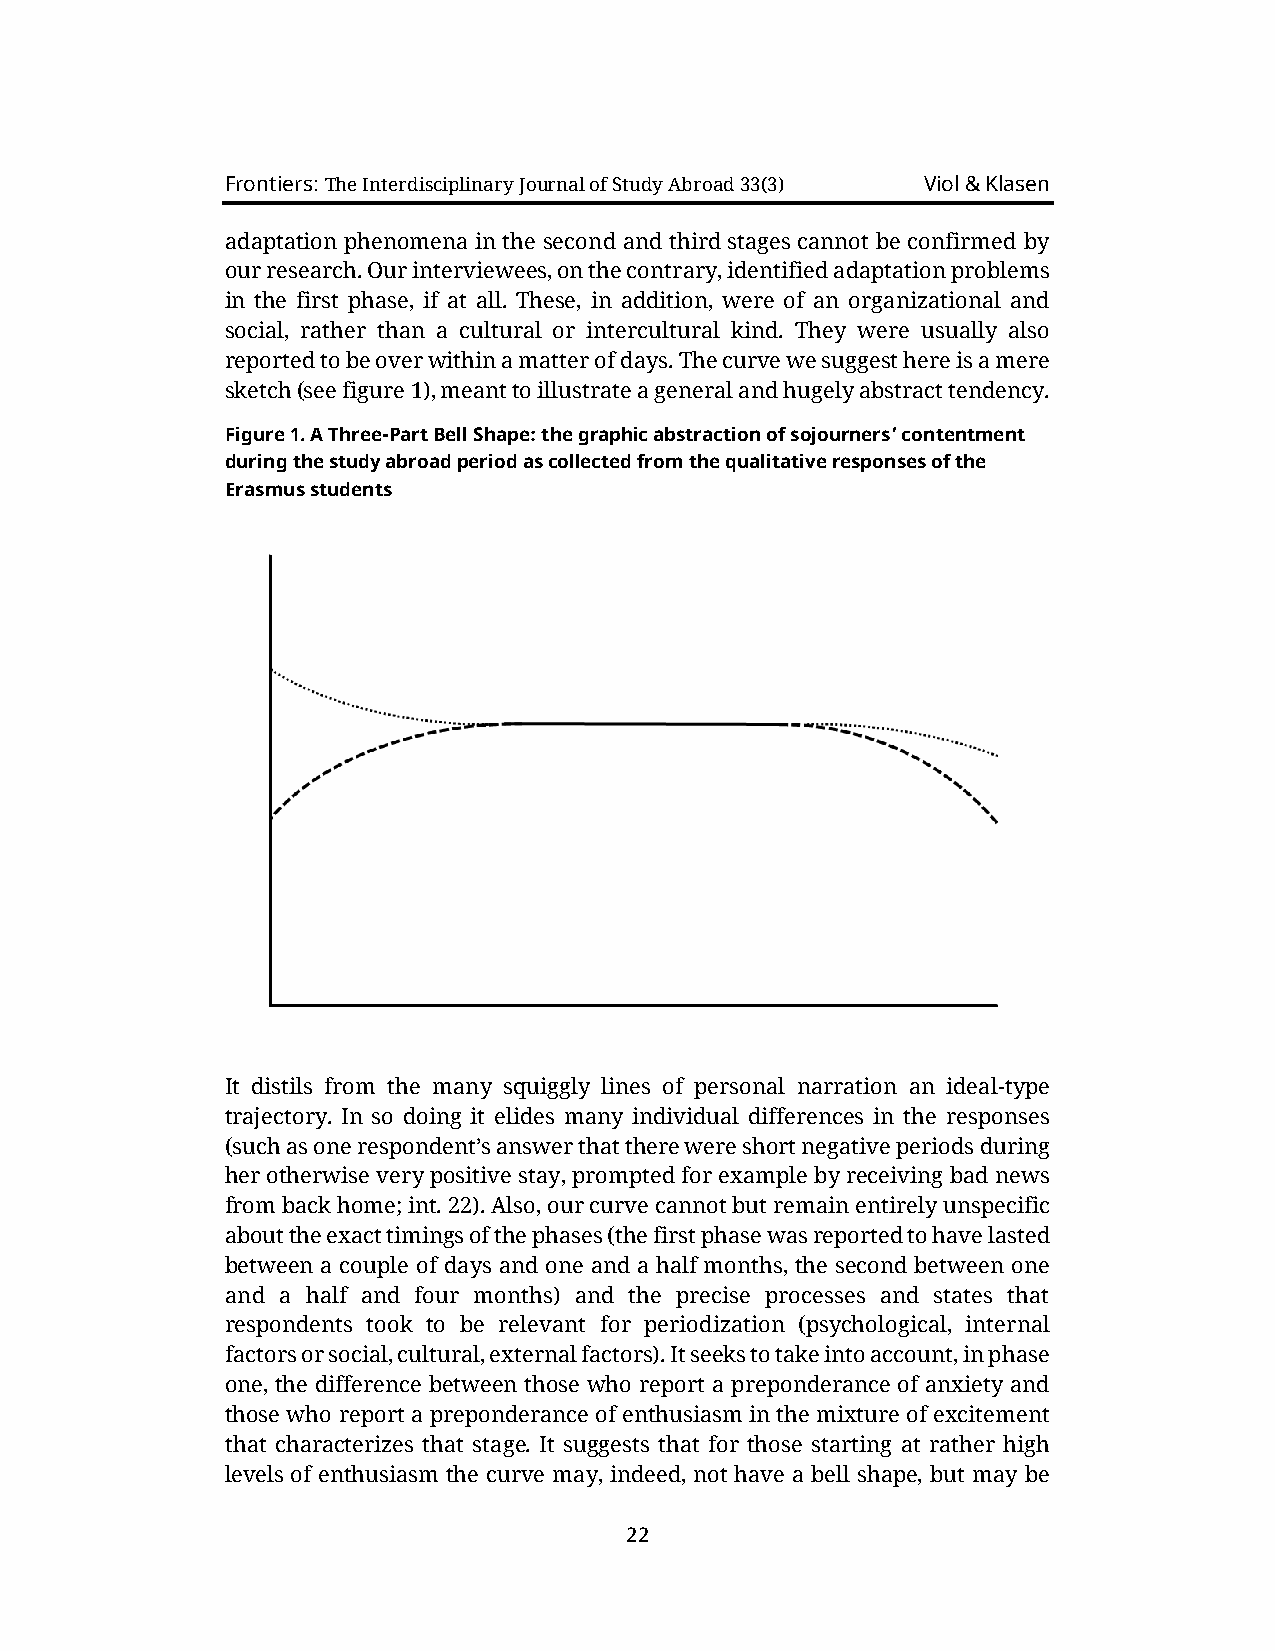
Frontiers: The Interdisciplinary Journal of Study Abroad 33(3) Viol & Klasen
 adaptation phenomena in the second and third stages cannot be confirmed by
 our research. Our interviewees, on the contrary, identified adaptation problems
 in the first phase, if at all. These, in addition, were of an organizational and
 social, rather than a cultural or intercultural kind. They were usually also
 reported to be over within a matter of days. The curve we suggest here is a mere
 sketch (see figure 1), meant to illustrate a general and hugely abstract tendency.
 Figure 1. A Three-Part Bell Shape: the graphic abstraction of sojourners’ contentment
 during the study abroad period as collected from the qualitative responses of the
 Erasmus students
 It distils from the many squiggly lines of personal narration an ideal-type
 trajectory. In so doing it elides many individual differences in the responses
 (such as one respondent’s answer that there were short negative periods during
 her otherwise very positive stay, prompted for example by receiving bad news
 from back home; int. 22). Also, our curve cannot but remain entirely unspecific
 about the exact timings of the phases (the first phase was reported to have lasted
 between a couple of days and one and a half months, the second between one
 and a half and four months) and the precise processes and states that
 respondents took to be relevant for periodization (psychological, internal
 factors or social, cultural, external factors). It seeks to take into account, in phase
 one, the difference between those who report a preponderance of anxiety and
 those who report a preponderance of enthusiasm in the mixture of excitement
 that characterizes that stage. It suggests that for those starting at rather high
 levels of enthusiasm the curve may, indeed, not have a bell shape, but may be
 22